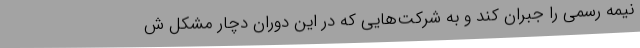
نیمه رسمی را جبران کند و به شرکت‌هایی که در این دوران دچار مشکل ش